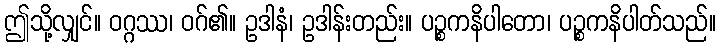
ဤသို့လျှင်။ ဝဂ္ဂဿ၊ ဝဂ်၏။ ဥဒါနံ၊ ဥဒါန်းတည်း။ ပဉ္စကနိပါတော၊ ပဉ္စကနိပါတ်သည်။